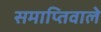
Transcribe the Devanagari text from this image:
समाप्तिवाले